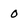
Character: 0